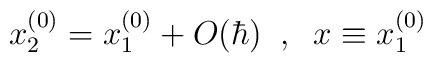
x_2^{(0)} =x_1^{(0)} + O(\hbar) \; \; , \; \;  x\equiv x_1^{(0)}